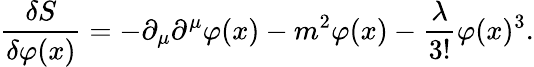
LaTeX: {\frac{\delta S}{\delta\varphi(x)}}=-\partial_{\mu}\partial^{\mu}\varphi(x)-m^{2}\varphi(x)-{\frac{\lambda}{3!}}\varphi(x)^{3}.